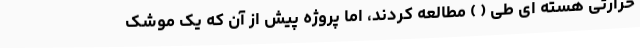
حرارتی هسته ای طی ( ) مطالعه کردند، اما پروژه پیش از آن که یک موشک